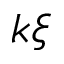
k \xi